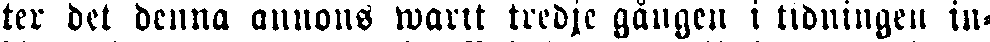
ter det denna annons warit tredje gången i tidningen in-